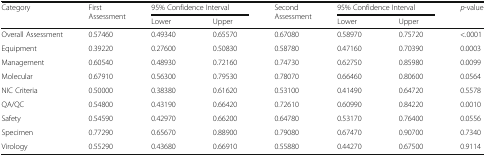
<table><thead><tr><td rowspan="2"><b>Category</b></td><td rowspan="2"><b>First Assessment</b></td><td colspan="2"><b>95% Confidence Interval</b></td><td rowspan="2"><b>Second Assessment</b></td><td colspan="2"><b>95% Confidence Interval</b></td><td rowspan="2"><b><i>p</i>-value</b></td></tr><tr><td><b>Lower</b></td><td><b>Upper</b></td><td><b>Lower</b></td><td><b>Upper</b></td></tr></thead><tbody><tr><td>Overall Assessment</td><td>0.57460</td><td>0.49340</td><td>0.65570</td><td>0.67080</td><td>0.58970</td><td>0.75720</td><td>&lt;.0001</td></tr><tr><td>Equipment</td><td>0.39220</td><td>0.27600</td><td>0.50830</td><td>0.58780</td><td>0.47160</td><td>0.70390</td><td>0.0003</td></tr><tr><td>Management</td><td>0.60540</td><td>0.48930</td><td>0.72160</td><td>0.74730</td><td>0.62750</td><td>0.85980</td><td>0.0099</td></tr><tr><td>Molecular</td><td>0.67910</td><td>0.56300</td><td>0.79530</td><td>0.78070</td><td>0.66460</td><td>0.80600</td><td>0.0564</td></tr><tr><td>NIC Criteria</td><td>0.50000</td><td>0.38380</td><td>0.61620</td><td>0.53100</td><td>0.41490</td><td>0.64720</td><td>0.5578</td></tr><tr><td>QA/QC</td><td>0.54800</td><td>0.43190</td><td>0.66420</td><td>0.72610</td><td>0.60990</td><td>0.84220</td><td>0.0010</td></tr><tr><td>Safety</td><td>0.54590</td><td>0.42970</td><td>0.66200</td><td>0.64780</td><td>0.53170</td><td>0.76400</td><td>0.0556</td></tr><tr><td>Specimen</td><td>0.77290</td><td>0.65670</td><td>0.88900</td><td>0.79080</td><td>0.67470</td><td>0.90700</td><td>0.7340</td></tr><tr><td>Virology</td><td>0.55290</td><td>0.43680</td><td>0.66910</td><td>0.55880</td><td>0.44270</td><td>0.67500</td><td>0.9114</td></tr></tbody></table>